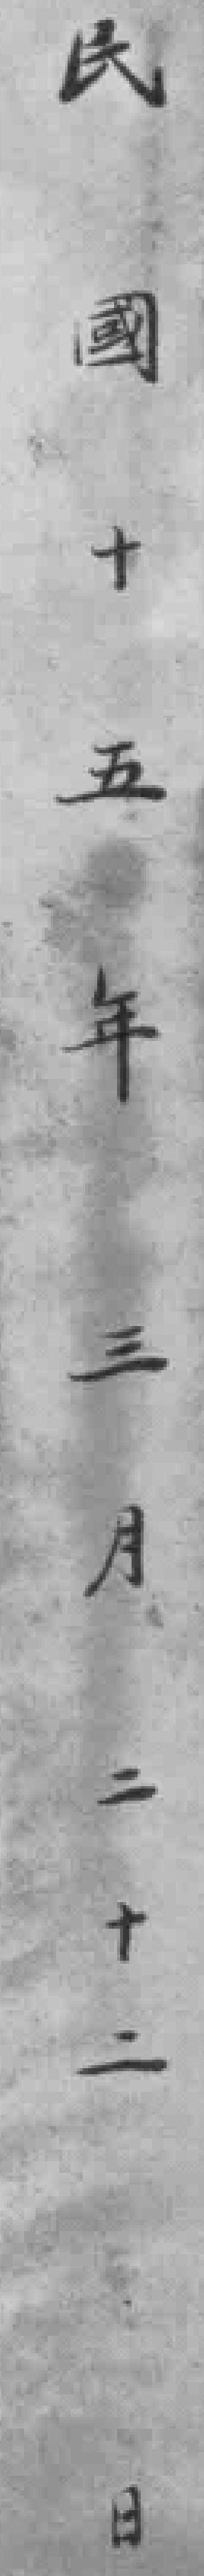
民國十五年三月二十二日